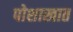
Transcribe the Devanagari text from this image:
पोशाखात